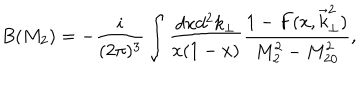
LaTeX: B ( M _ { 2 } ) = - \frac { i } { ( 2 \pi ) ^ { 3 } } \int \frac { d x d ^ { 2 } k _ { \perp } } { x ( 1 - x ) } \frac { 1 - F ( x , \vec { k } _ { \perp } ^ { 2 } ) } { M _ { 2 } ^ { 2 } - M _ { 2 0 } ^ { 2 } } ,